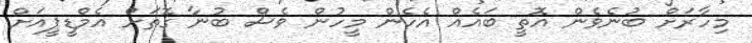
މިހާރަށް ބުނެވެން އޮތީ ބައެއް އެހެން މީހުން ވެސް ބުނާ ގޮތަށް އެމްޑީޕީއަށް